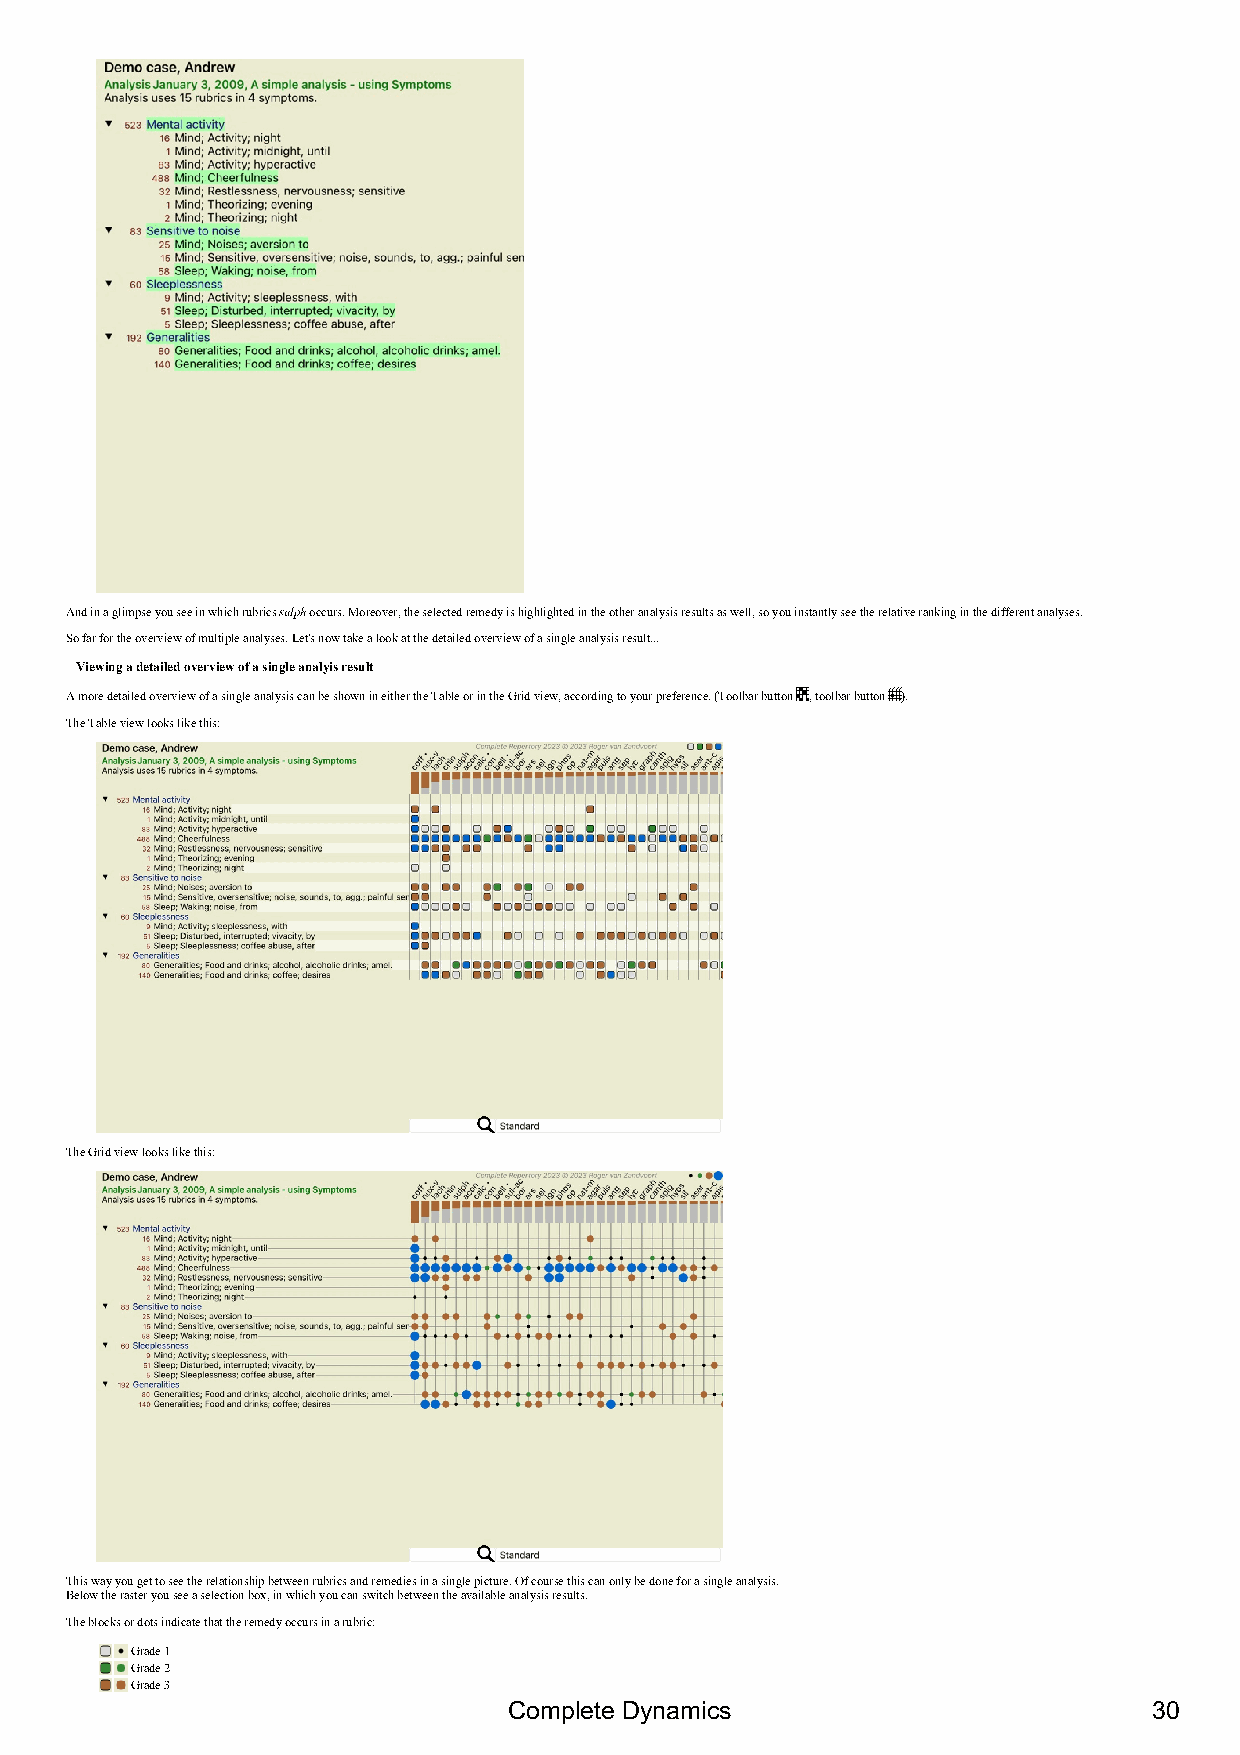
And in a glimpse you see in which rubrics sulph occurs. Moreover, the selected remedy is highlighted in the other analysis results as well, so you instantly see the relative ranking in the different analyses.
 So far for the overview of multiple analyses. Let's now take a look at the detailed overview of a single analysis result...
 Viewing a detailed overview of a single analyis result
 A more detailed overview of a single analysis can be shown in either the Table or in the Grid view, according to your preference. (Toolbar button , toolbar button ).
 The Table view looks like this:
 The Grid view looks like this:
 This way you get to see the relationship between rubrics and remedies in a single picture. Of course this can only be done for a single analysis.
 Below the raster you see a selection box, in which you can switch between the available analysis results.
 The blocks or dots indicate that the remedy occurs in a rubric:
 Grade 1
 Grade 2
 Grade 3
 Complete Dynamics                         30